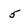
Character: 5